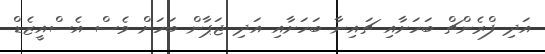
އަދި ފްރެންޗް ބަހަށާއި ޗައިނާ ބަހަށާއި އަދި ޖަޕާން ބަހަށް ވެސް އެސްއީޒެޑް